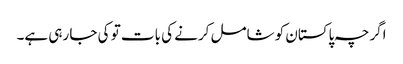
اگرچہ پاکستان کو شامل کرنے کی بات تو کی جا رہی ہے۔